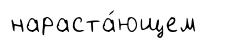
нараста́ющем